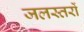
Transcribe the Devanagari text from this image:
जलस्तरों